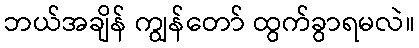
ဘယ်အချိန် ကျွန်တော် ထွက်ခွာရမလဲ။